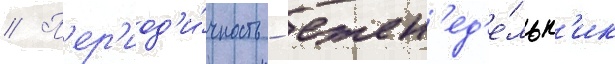
// П'ер'иод'и́чность - ежен'ед'е́льн'ик